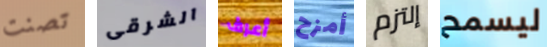
تصنت الشرقى أعرف أمزح إلتزم ليسمح